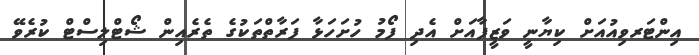
އިންޓަރވިއުއަށް ކިޔާނީ ވަޒީފާއަށް އެދި ފޯމު ހުށަހަޅާ ފަރާތްތަކުގެ ތެރެއިން ޝޯޓްލިސްޓް ކުރެވޭ